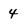
Character: 4